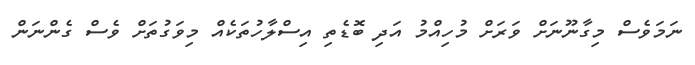
ނަމަވެސް މިގާނޫނަށް ވަރަށް މުހިއްމު އަދި ބޮޑެތި އިސްލާހުތަކެއް މިވަގުތަށް ވެސް ގެންނަން